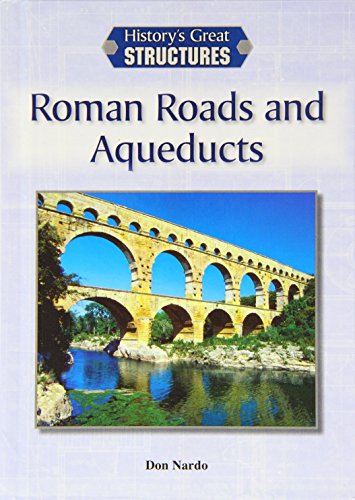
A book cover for Roman Roads and Aqueducts (History's Great Structures (Reference Point)); Don Nardo; Teen & Young Adult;